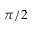
\pi / 2